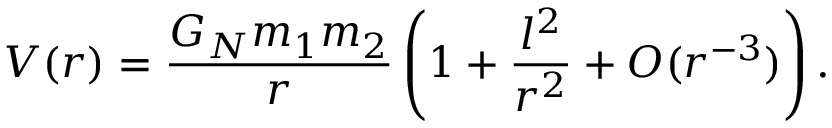
V ( r ) = \frac { G _ { N } m _ { 1 } m _ { 2 } } { r } \left( 1 + \frac { l ^ { 2 } } { r ^ { 2 } } + O ( r ^ { - 3 } ) \right) .